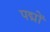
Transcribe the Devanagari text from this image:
पद्मों